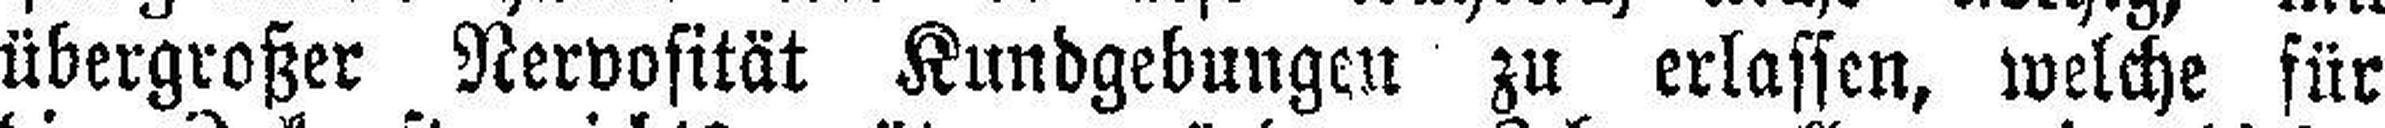
übergroßer Nervosität Kundgebungen zu erlassen, welche für